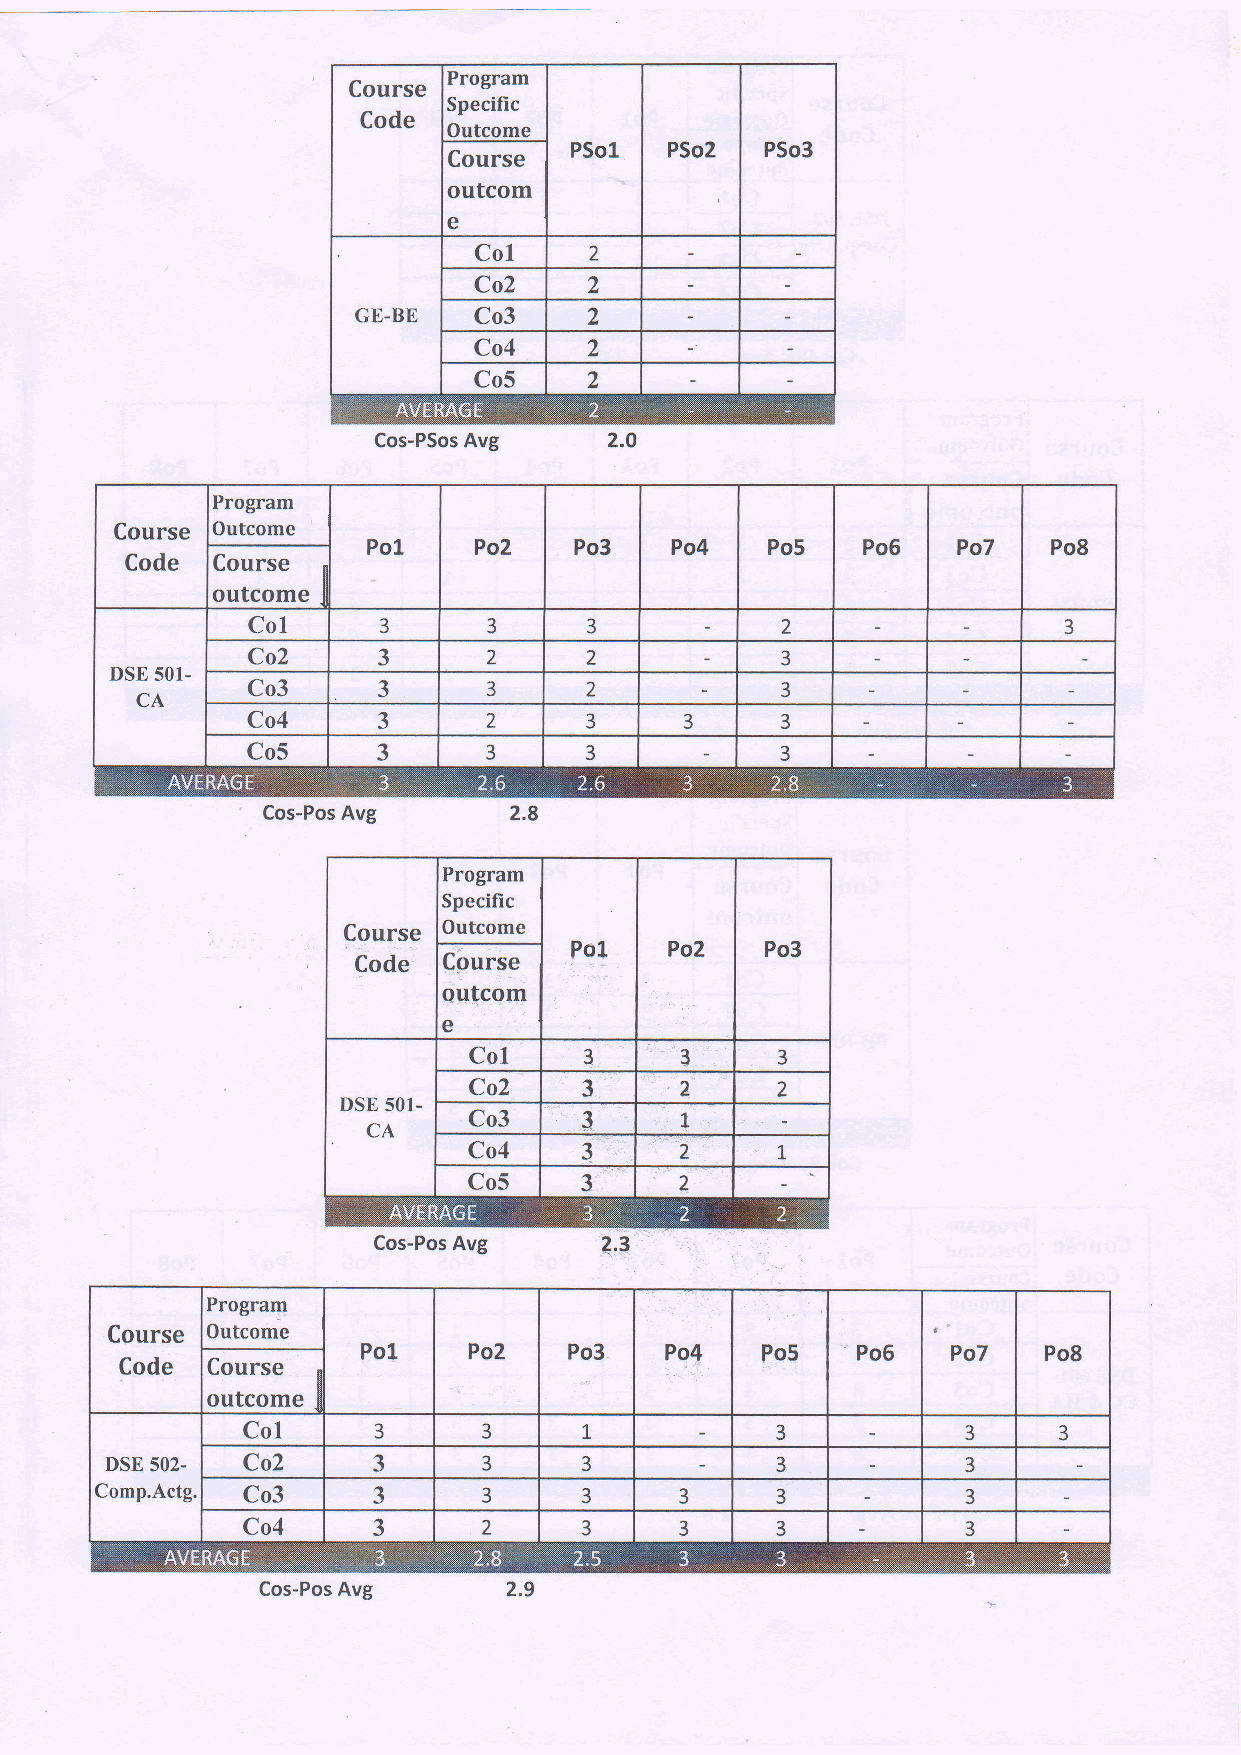
Course
 outcom
 e
 Cos-PSos Avg
 Program
 Course Outcome
 Po1    Po2    Po3   Po4    Po5   Po6   Po7    Po8
 Code  Course
 outcome
 Col
 3      3      3            2                 3
 Co2      3      2      2            3
 DSE 501-
 Co3      3      3      2            3
 CA
 Co4      3      2      3     3      3
 Co5      3      3      3            3
 Program
 Course Outcome
 Code  Course    Po1    Po2    Po3   Po4   Po5    Po6   Po7   Po8
 outcome lI
 Col
 3      3      L           3            3     3
 DSE 502- Co2      J      3      3           3            3
 Comp.Actg. Co3     3      3      3     3     3            3
 Cs4      3      z      3     3     3            3
 Cos-Pos Avg      2.9